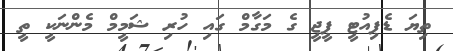
ތިޔަ ޑެޕިއުޓީ ޕީޖީ ގެ މަގާމް ގައި ހުރި ޝަމީމް މެންނަކީ ތީ